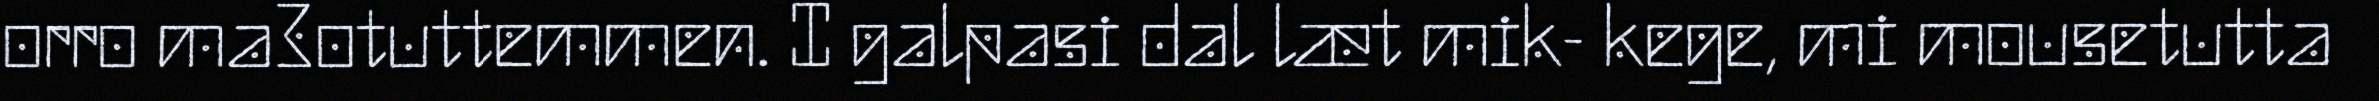
orro ma3otuttemmen. I galpasi dal læt mik- kege, mi mousetutta